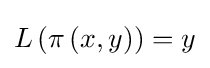
L\left(\pi \left(x,y\right)\right)=y